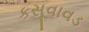
કસૂવાવડ